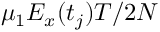
\mu _ { 1 } E _ { x } ( t _ { j } ) T / 2 N